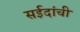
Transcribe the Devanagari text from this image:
सईदांची